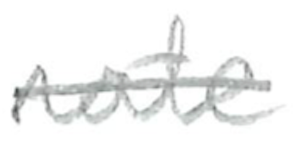
Text: rate
Cross-out: single-line
Writing tool: pencil